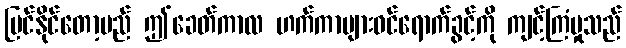
မြင်နိုင်တော့မည် ဤခေတ်ကာလ ဟက်ကာများဝင်ရောက်ခွင့်ကို ကျင့်ကြံမှုသည်